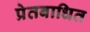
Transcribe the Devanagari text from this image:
प्रेतबाधित